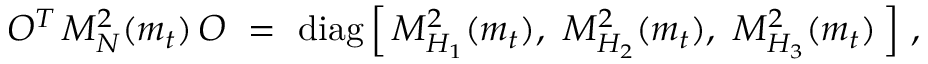
O ^ { T } \, { \cal M } _ { N } ^ { 2 } ( m _ { t } ) \, O \ = \ \mathrm { d i a g } \, \Big [ \, M _ { H _ { 1 } } ^ { 2 } ( m _ { t } ) , \ M _ { H _ { 2 } } ^ { 2 } ( m _ { t } ) , \ M _ { H _ { 3 } } ^ { 2 } ( m _ { t } ) \, \Big ] \ ,